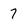
Character: 7